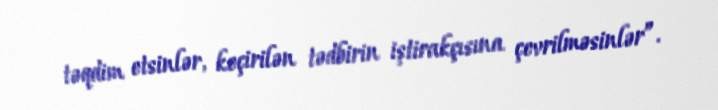
təqdim etsinlər, keçirilən tədbirin iştirakçısına çevrilməsinlər”.